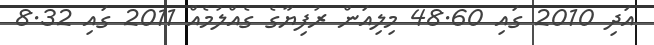
އަދި 2010 ގައި 48.60 މިލިއަން ރުފިޔާގެ ގެއްލުމެއް 2011 ގައި 8.32